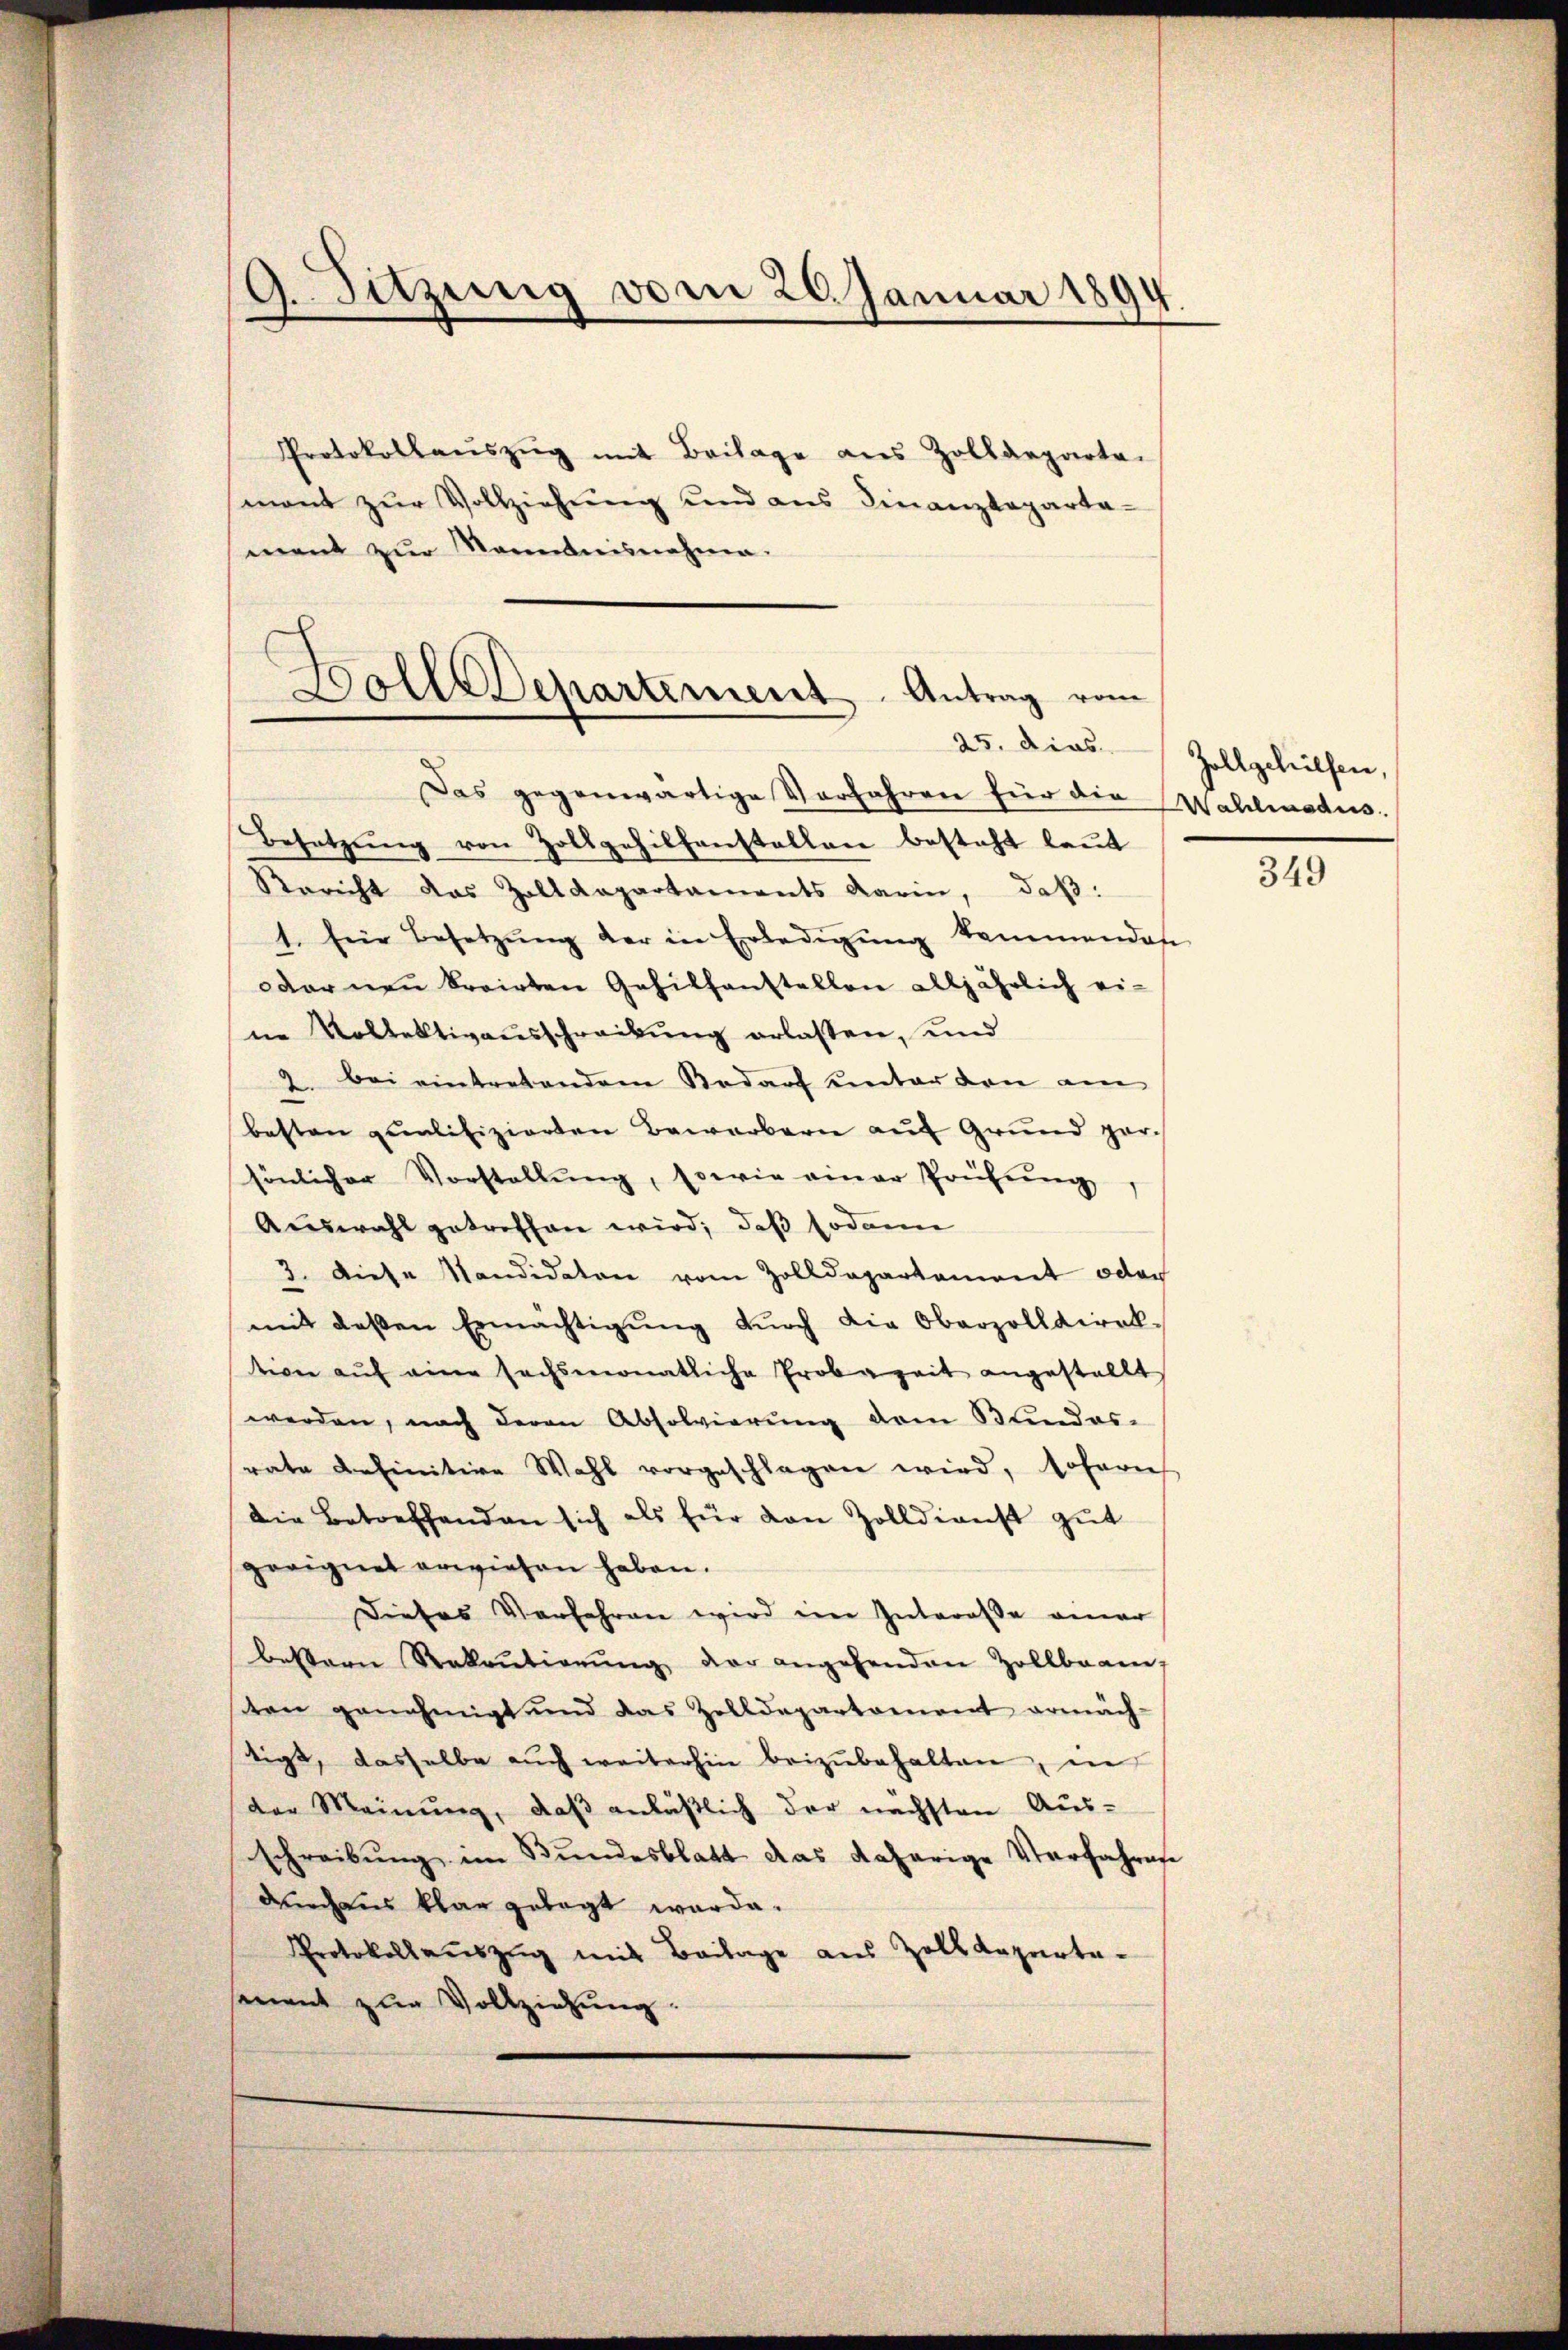
9. Sitzung vom 20. Januar 1894
e
e

Protokollaŭszŭg mit Beilage aus Zolldeparte.
mont zur Vollziehung und aus Finanzdeparta-
ment zŭr Romanisnahme.

Bolle Departement. Antrag vom

Besetzung von Zollgehilfenstallen besteht laut
Bericht das Zolldepartaments darin, daß:
t. Eine Besetzŭng der in Erledigŭng kommenden
oder neu breiten Gehilfenstellen alljährlich eine Vollektivausschreibung erlaßen, und
2. bei eintretendem Bedarf unter den am
besten qualifizierten Bewerbern auf Grund gar
sönlicher Vorstellŭng, sowie einer Prüfŭng
Auswahl getreffen wird; daß sodann
3. Diese Mandidaten vom Zolldepartement oder
mit dessen Ermächtigŭng dŭrch die Oberzolldirek-
tion aŭf eine sechsmonatliche Erobezeit angestellt
werden, nach deren Absolvierung dem Bundes-
rate definitive Wahl vorgeschlagen wird, sofern
die Betreffenden sich als für von Zolldienst gut
geeignet erwiesen haben.
Dieses Verfahren wird im Intereße einer
bestern Rekrutierŭng der angehenden Zollbeam-
sten genehmigt und das Zolldepartement ermäch-
tigt, dasselbe auch weiterhin beizubehalten, in
der Meinung, daß anläßlich der nächsten Aus-
schreibung im Bundesblatt das daherige Verfahren
durchaus klar gelegt werde.
Protokollauszug mit Beilage aus Zolldepartesement zur Vollziehung

Das gegenwärtige Verfahren für die Wahlmodus.

25. dies Zollgehülfen,

349